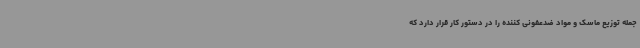
جمله توزیع ماسک و مواد ضدعفونی کننده را در دستور کار قرار دارد که